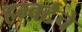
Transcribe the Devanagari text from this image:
हम्बर्टचे